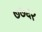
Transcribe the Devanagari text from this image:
७७६२